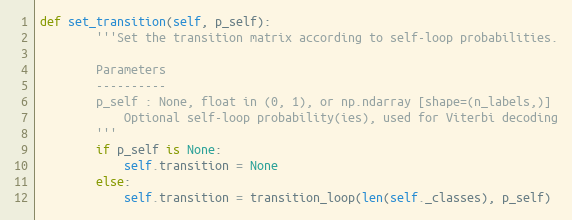
Language: Python
def set_transition(self, p_self):
        '''Set the transition matrix according to self-loop probabilities.

        Parameters
        ----------
        p_self : None, float in (0, 1), or np.ndarray [shape=(n_labels,)]
            Optional self-loop probability(ies), used for Viterbi decoding
        '''
        if p_self is None:
            self.transition = None
        else:
            self.transition = transition_loop(len(self._classes), p_self)